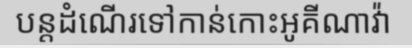
បន្តដំណើរទៅកាន់កោះអូគីណាវ៉ា